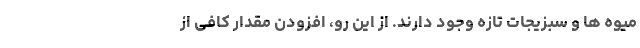
میوه ها و سبزیجات تازه وجود دارند. از این رو، افزودن مقدار کافی از